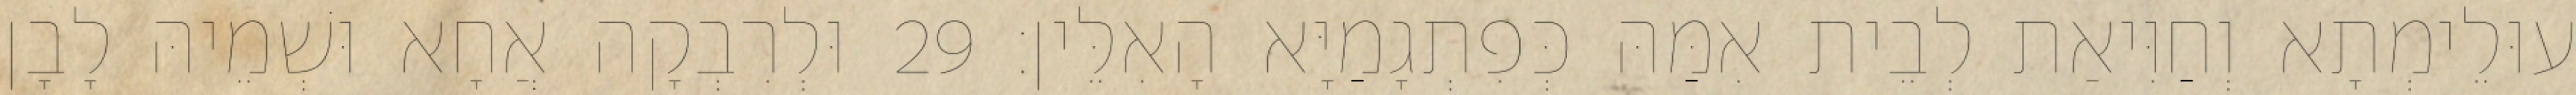
עוּלֵימְתָא וְחַוִּיאַת לְבֵית אִמַּהּ כְּפִתְגָמַיָּא הָאִלֵּין׃ 29 וּלְרִבְקָה אֲחָא וּשְׁמֵיהּ לָבָן